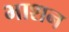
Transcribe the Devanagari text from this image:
भाशन